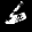
Label: 6